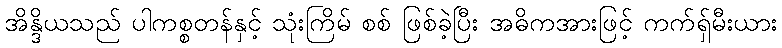
အိန္ဒိယသည် ပါကစ္စတန်နှင့် သုံးကြိမ် စစ် ဖြစ်ခဲ့ပြီး အဓိကအားဖြင့် ကက်ရှ်မီးယား